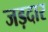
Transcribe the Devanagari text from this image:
जड़दार